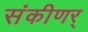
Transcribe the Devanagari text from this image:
संकीणर्